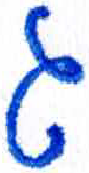
אות: ג